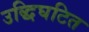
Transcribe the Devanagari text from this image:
उद्धिघटित